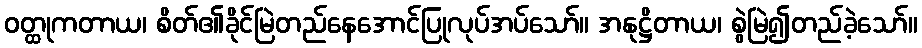
ဝတ္ထုကတာယ၊ စိတ်၏ခိုင်မြဲတည်နေအောင်ပြုလုပ်အပ်သော်။ အနုဋ္ဌိတာယ၊ စွဲမြဲ၍တည်ခဲ့သော်။